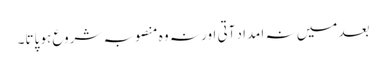
بعد میں نہ امداد آتی اور نہ وہ منصوبہ شروع ہو پاتا۔